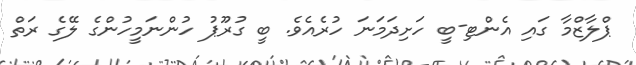
ޕްލާޒްމާ ގައި އެންޓި-ބީ ހަށިދަމަނަ ހުރެއެވެ. ބީ ގުރޫޕު ހުންނަމީހުންގެ ލޭގެ ރަތް